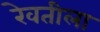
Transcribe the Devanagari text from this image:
रेवतीला